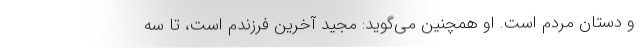
و دستان مردم است. او همچنین می‌گوید: مجید آخرین فرزندم است، تا سه